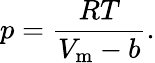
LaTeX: p={\frac{RT}{V_{\mathrm{m}}-b}}.